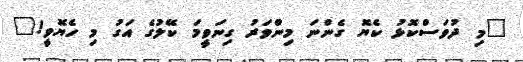
"މި ދުވަސްކޮޅު ކެޔޮ ގެންނަ މިންވަރު ގިނަވީމަ ކޭލުގެ އަގު މި ހެޔޮވީ!"